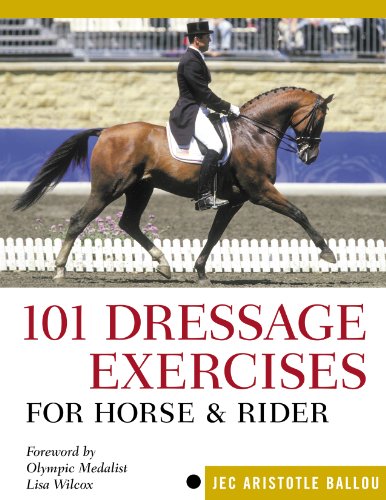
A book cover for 101 Dressage Exercises for Horse & Rider; Jec Aristotle Ballou; Crafts, Hobbies & Home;